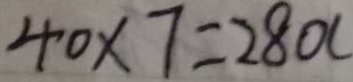
4 0 \times 7 = 2 8 0 (